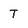
Character: T